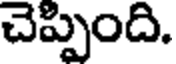
చెప్పింది.